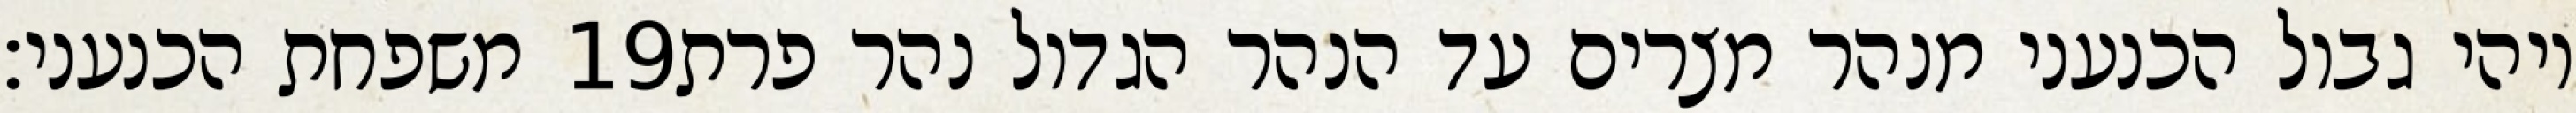
משפחת הכנעני׃ ‎19‏ ויהי גבול הכנעני מנהר מצרים עד הנהר הגדול נהר פרת